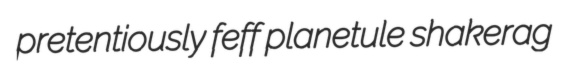
pretentiously feff planetule shakerag